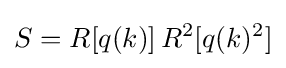
S=R[q(k)]\,R^{2}[q(k)^{2}]